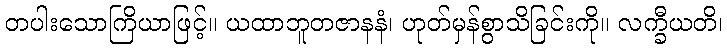
တပါးသောကြိယာဖြင့်။ ယထာဘူတဇာနနံ၊ ဟုတ်မှန်စွာသိခြင်းကို။ လက္ခီယတိ၊